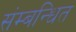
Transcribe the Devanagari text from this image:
संम्बन्धित